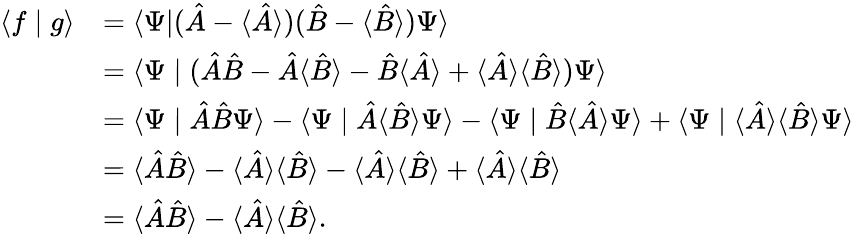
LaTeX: {\begin{array}{rl}{\langle f\mid g\rangle}&{=\langle\Psi|({\hat{A}}-\langle{\hat{A}}\rangle)({\hat{B}}-\langle{\hat{B}}\rangle)\Psi\rangle}\\ &{=\langle\Psi\mid({\hat{A}}{\hat{B}}-{\hat{A}}\langle{\hat{B}}\rangle-{\hat{B}}\langle{\hat{A}}\rangle+\langle{\hat{A}}\rangle\langle{\hat{B}}\rangle)\Psi\rangle}\\ &{=\langle\Psi\mid{\hat{A}}{\hat{B}}\Psi\rangle-\langle\Psi\mid{\hat{A}}\langle{\hat{B}}\rangle\Psi\rangle-\langle\Psi\mid{\hat{B}}\langle{\hat{A}}\rangle\Psi\rangle+\langle\Psi\mid\langle{\hat{A}}\rangle\langle{\hat{B}}\rangle\Psi\rangle}\\ &{=\langle{\hat{A}}{\hat{B}}\rangle-\langle{\hat{A}}\rangle\langle{\hat{B}}\rangle-\langle{\hat{A}}\rangle\langle{\hat{B}}\rangle+\langle{\hat{A}}\rangle\langle{\hat{B}}\rangle}\\ &{=\langle{\hat{A}}{\hat{B}}\rangle-\langle{\hat{A}}\rangle\langle{\hat{B}}\rangle.}\end{array}}